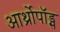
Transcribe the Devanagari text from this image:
आर्थ्रोपॉड्स